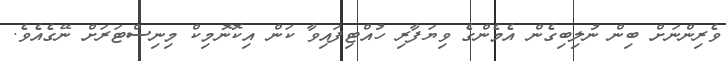
ވެރިންނަށް ބިން ނުލިބިގެން އެމެންގެ ވިޔަފާރި ހުއްޓިފައިވާ ކަން އިކޮނޮމިކް މިނިސްޓަރަށް ނޭގެއެވެ.